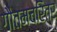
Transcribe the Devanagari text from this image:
गौतमचरित्र